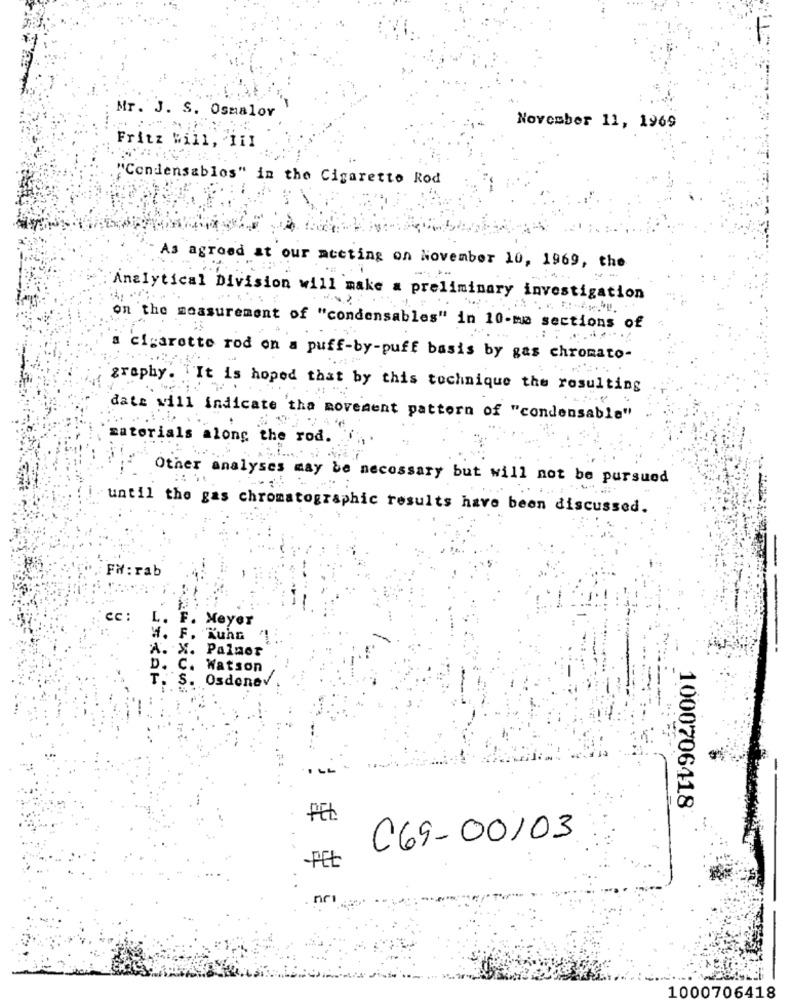
Mr. J. S. Osmalor
November 11, 1969
Fritz will, III
"Condensablos" in the Cigaretto Rod
As agreed at our meeting on November 10, 1969, the
Analytical Division will make a preliminary investigation
on the measurement of "condensables" in 10-mm sections of
cigarette rod on a puff-by-puff basis by gas chromato-
graphy. It is hoped that by this technique the resulting
date will indicate the movement pattern of "condensable"
materials along the rod .
Other analyses may be necessary but will not be pursued
until the gas chromatographic results have been discussed.
FW:rab
Cc :
L. F. Meyer
M. F. Kuhn
A.
X. Palmer
D. C. Watson
r. S. Osdenev
1000706418
PE
C69-00103
-PEt
1000706418